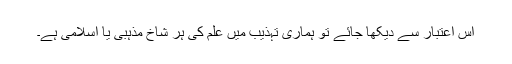
اس اعتبار سے دیکھا جائے تو ہماری تہذیب میں علم کی ہر شاخ مذہبی یا اسلامی ہے۔